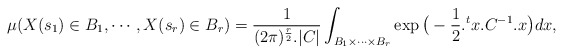
\begin{align*}\mu(X(s_1)\in B_1,\cdots, X(s_r)\in B_r)=\frac{1}{(2\pi)^{\frac{r}{2}}.|C|}\int_{B_1\times \cdots \times B_r } \exp\big(-\frac{1}{2}.{}^{t}{x}.C^{-1}.x\big) dx,\end{align*}